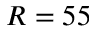
R = 5 5